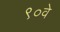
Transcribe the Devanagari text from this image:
९०वे